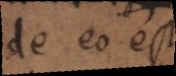
de eo est,